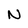
Character: N